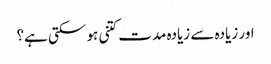
اور زیادہ سے زیادہ مدت کتنی ہو سکتی ہے؟